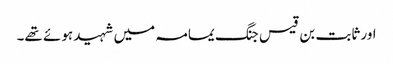
اور ثابت بن قیس جنگ یمامہ میں شہید ہوئے تھے۔